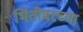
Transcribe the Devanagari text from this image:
भिंतीवरच्या